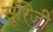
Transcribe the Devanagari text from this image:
सूरिजी